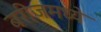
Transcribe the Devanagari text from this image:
बरीजमध्ये